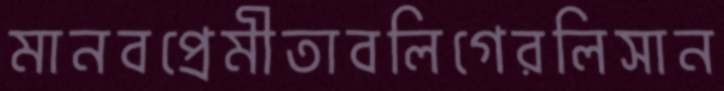
মানবপ্রেমীতাবলিগেরলিসান